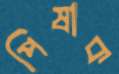
পিষাক